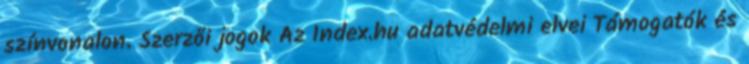
színvonalon. Szerzői jogok Az Index.hu adatvédelmi elvei Támogatók és